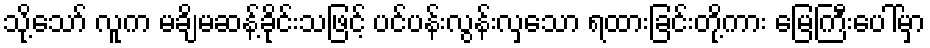
သို့သော် လူက မချိမဆန့်ခိုင်းသဖြင့် ပင်ပန်းလွန်းလှသော ရထားခြင်းတို့ကား မြေကြီးပေါ်မှာ